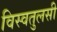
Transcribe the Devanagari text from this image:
विस्वतुलसी